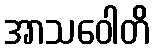
အာသဝေါတိ